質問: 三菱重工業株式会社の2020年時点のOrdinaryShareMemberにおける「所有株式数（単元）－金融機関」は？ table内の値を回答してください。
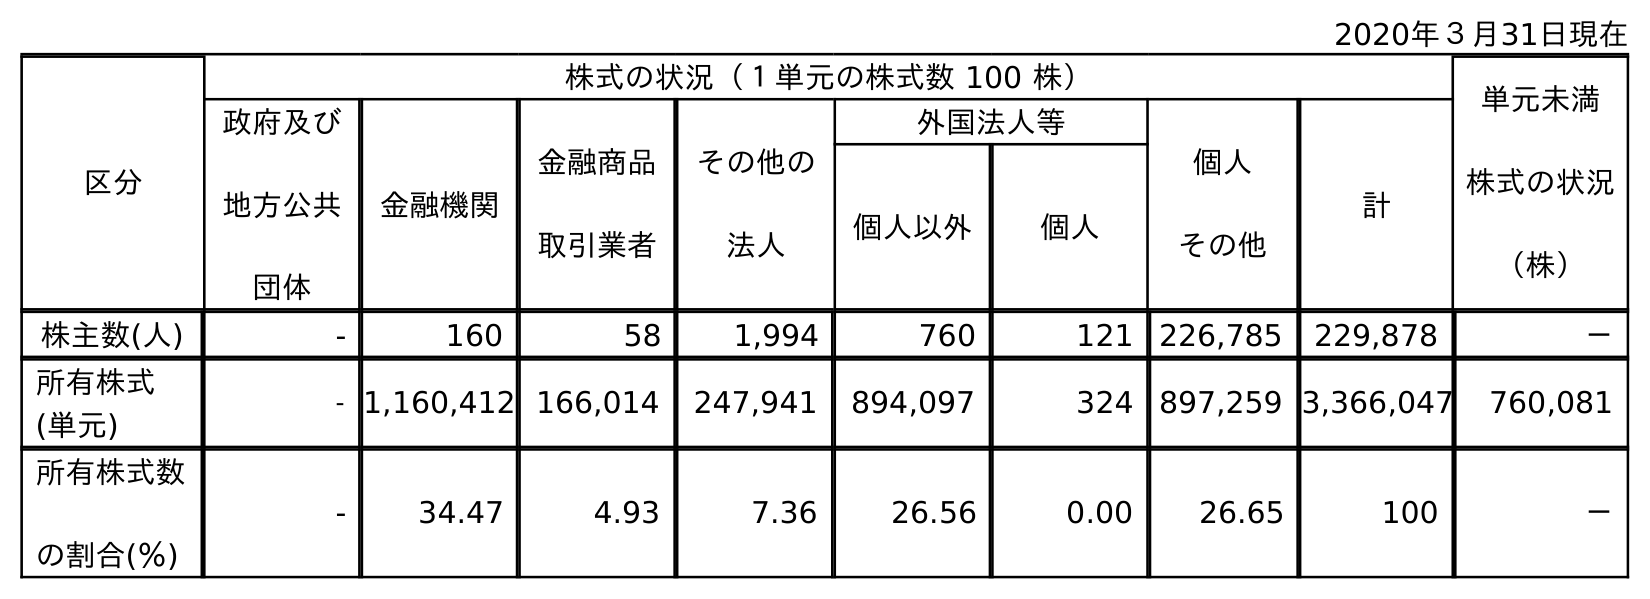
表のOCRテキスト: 2020年３月31日現在 区分 株式の状況（１単元の株式数 100 株） 単元未満 株式の状況 （株） 政府及び 地方公共 団体 金融機関 金融商品 取引業者 その他の 法人 外国法人等 個人 その他 計 個人以外 個人 株主数(人) - 160 58 1,994 760 121 226,785 229,878 － 所有株式 (単元) - 1,160,412 166,014 247,941 894,097 324 897,259 3,366,047 760,081 所有株式数 の割合(％) - 34.47 4.93 7.36 26.56 0.00 26.65 100 －
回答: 1,160,412